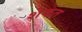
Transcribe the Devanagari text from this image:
शेकत